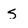
Character: s